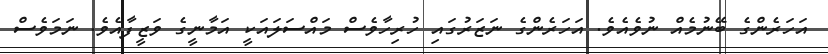
އަހަރެންގެ ބޭނުމެއް ނުވެއެވެ. އަހަރެންގެ ނަޒަރުގައި ހުރިހާވެސް މައްސަލައަކީ އަމާނީގެ ވަޒީފާއެވެ. ނަމަވެސް